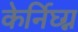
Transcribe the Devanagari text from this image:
केर्निघ्ग्न